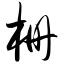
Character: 栅